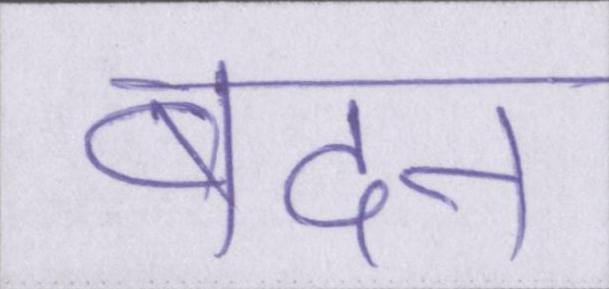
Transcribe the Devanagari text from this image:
बदन